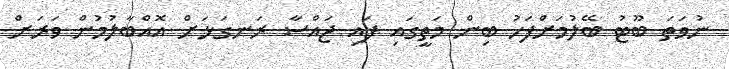
ނުވަތަ ބޫޓު ބޭލުމަށްފަހު ބިން މަތީގައި ފައި ޖައްސާ ރަނގަޅަށް އޮއްބާލުމުން ވަރަށް